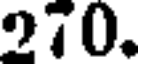
270.